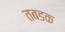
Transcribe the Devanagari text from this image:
तबडक